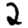
Digit: 2